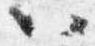
以